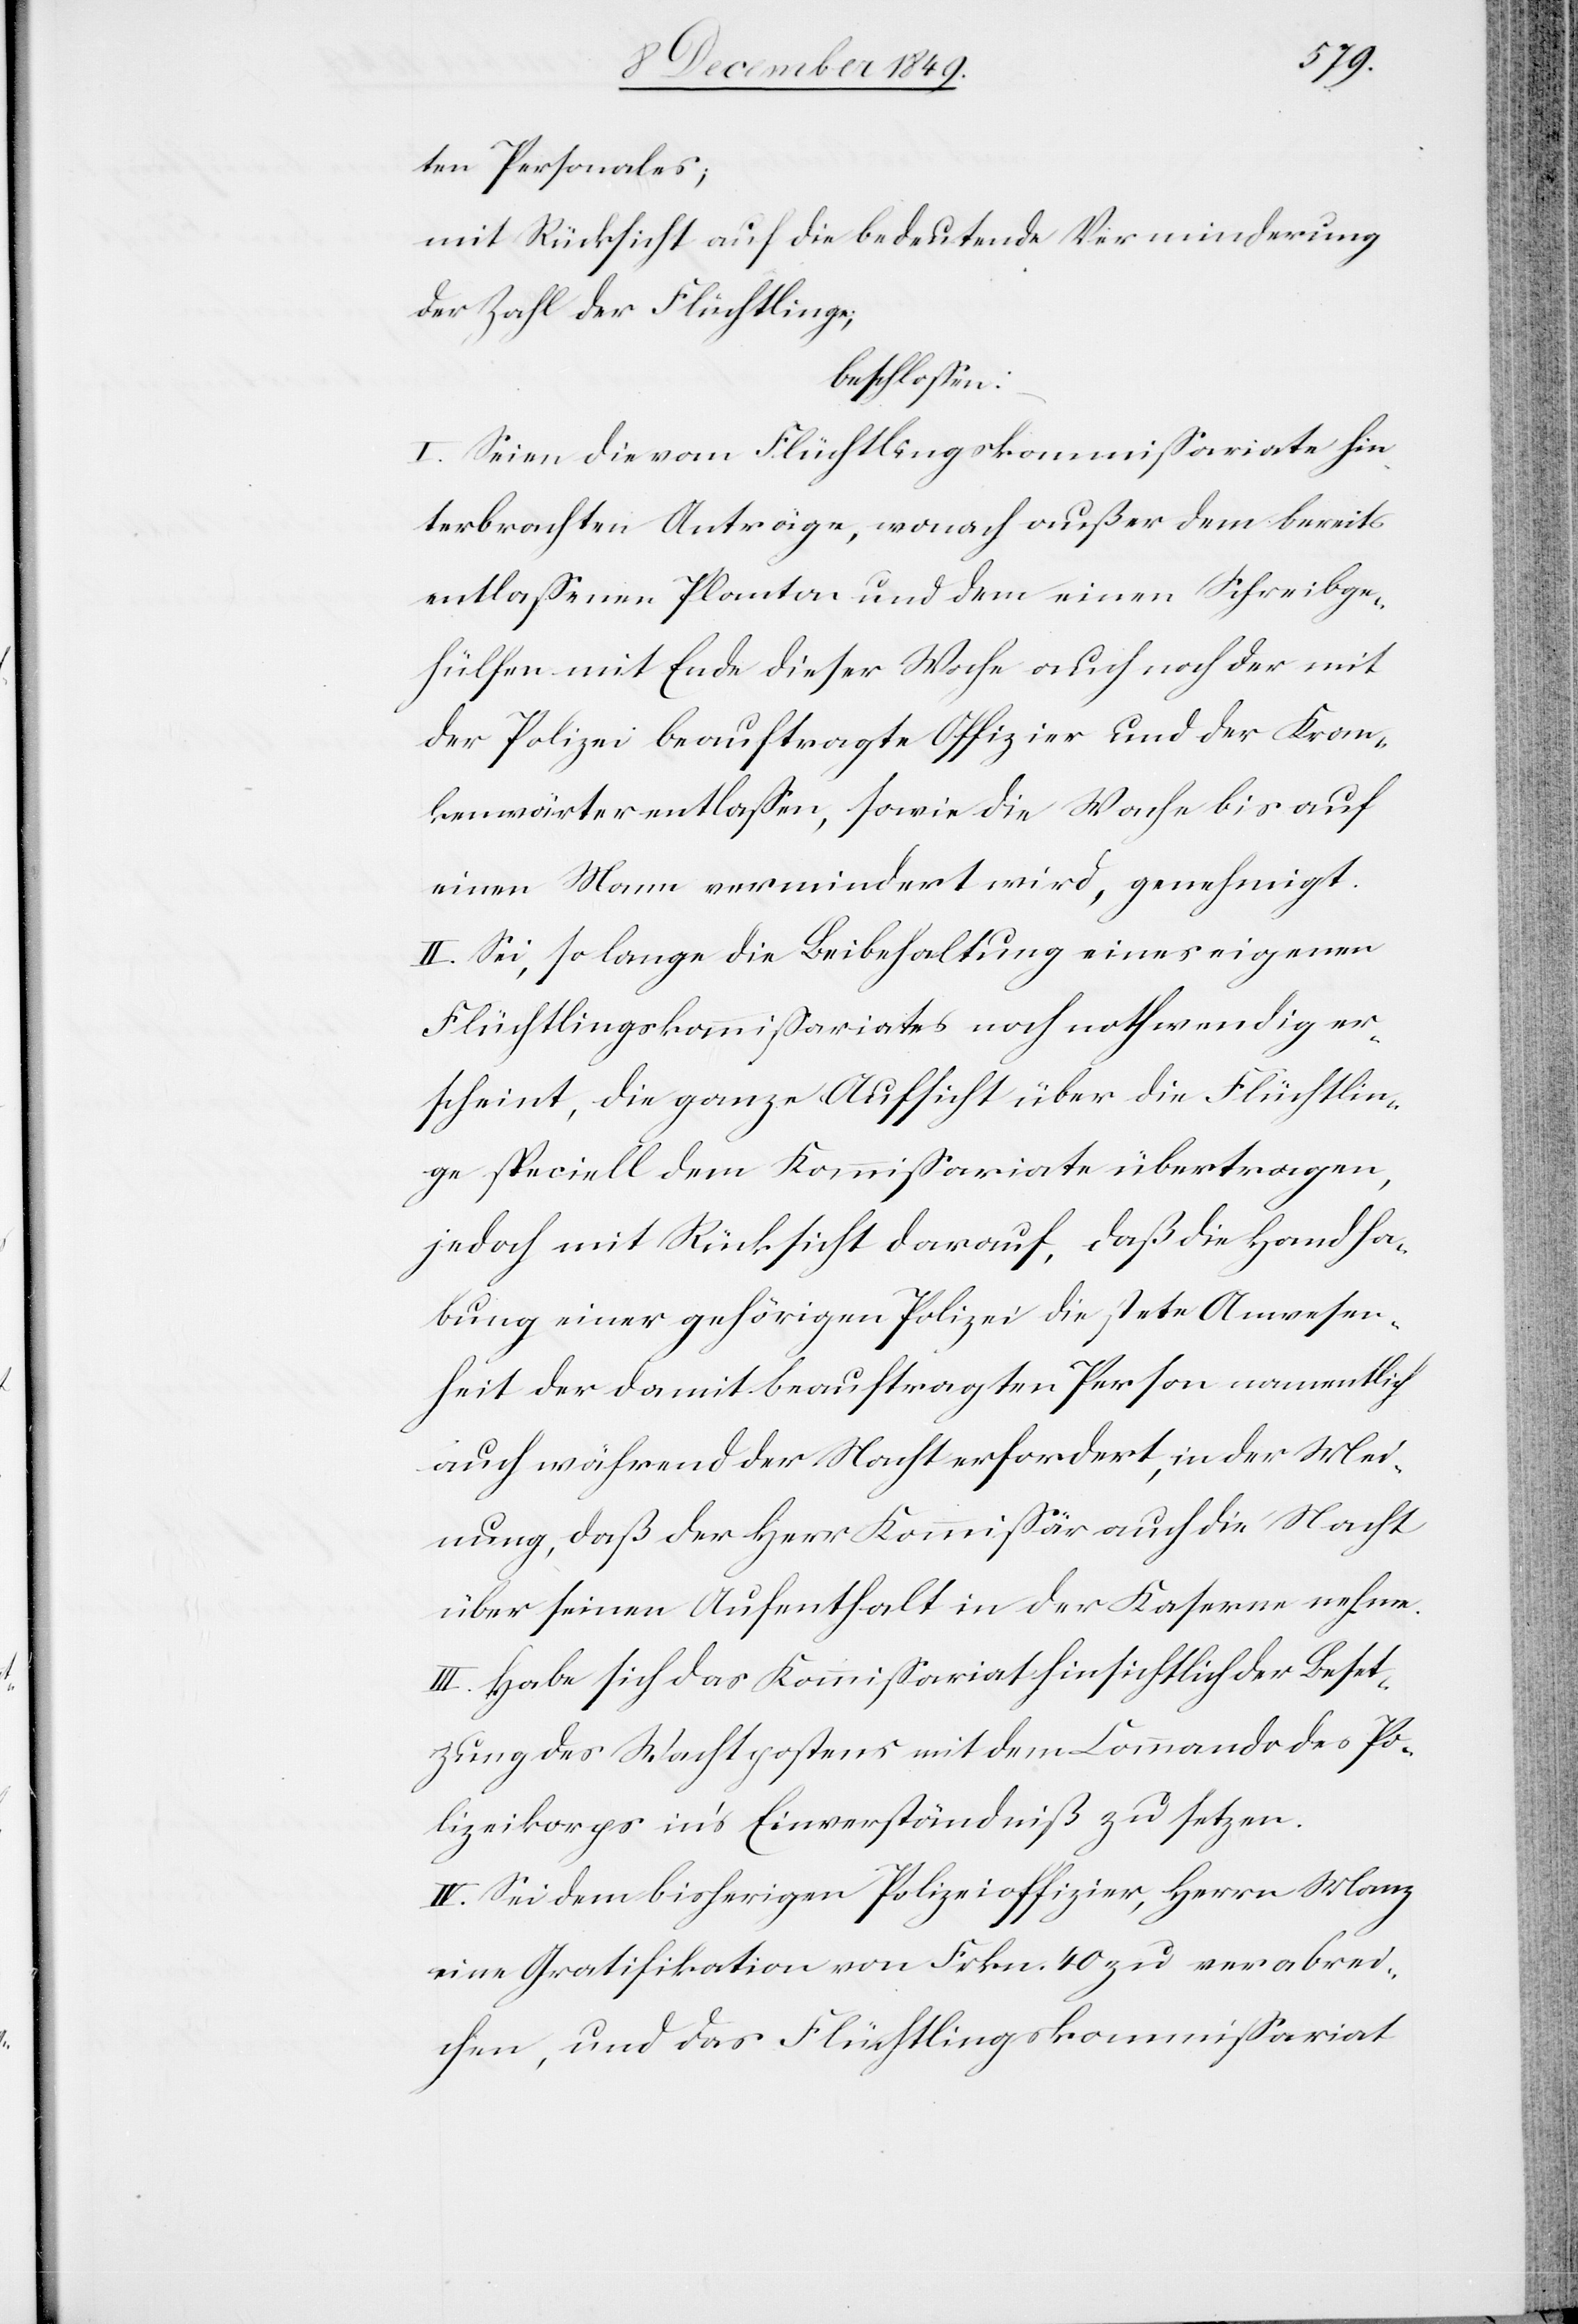
ten Personales;
mit Rücksicht auf die bedeutende Verminderung
der Zahl der Flüchtlinge;
beschloßen:
I. Seien die vom Flüchtlingskommißariate hin¬
terbrachten Anträge, wonach außer dem bereits
entlaßenen Planton und dem einen Schreibge¬
hülfen mit Ende dieser Woche auch noch der mit
der Polizei beauftragte Offizier und der Kon¬
kursanwärter entlaßen, sowie die Wache bis auf
einen Mann vermindert wird, genehmigt.
II. Sei, so lange die Beibehaltung eines eigenen
Flüchtlingskommißariates noch nothwendig er¬
scheint, die ganze Aufsicht über die Flüchtlin¬
ge speciell dem Kommißariate übertragen,
jedoch mit Rücksicht darauf, daß die Handha¬
bung einer gehörigen Polizei die stete Anwesen¬
heit der damit beauftragten Person namentlich
auch während der Nacht erfordert, in der Mei¬
nung, daß der Herr Kommißär auch die Nacht
über seinen Aufenthalt in der Kaserne nehme.
III. Habe sich das Kommißariat hinsichtlich der Beset¬
zung des Wachtpostens mit dem Commando des Po¬
lizeikorps in’s Einverständniß zu setzen.
IV. Sei dem bisherigen Polizeioffizier, Herrn Manz
eine Gratifikation von Frkn. 40 zu verabrei¬
chen, und das Flüchtlingskommißariat